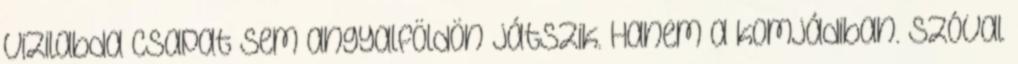
vizilabda csapat sem angyalföldön játszik. Hanem a komjádiban. szóval